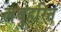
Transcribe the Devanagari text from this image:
लघुहरित